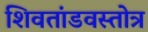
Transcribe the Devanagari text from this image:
शिवतांडवस्तोत्र